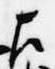
左